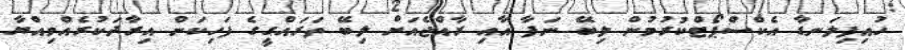
ހުއިފިލަނޑާ އެކްސްޕޯޓްކުރުމުން ލިބޭ ނަފާ އާއި ރާއްޖެއަށް ލިބޭ ތަރައްގީގެ ފަހިކަން އިރާދަކުރެއްވިއްޔާ